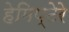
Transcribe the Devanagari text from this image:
हेमिप्टेरे